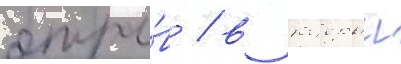
отры́в / в которыи